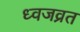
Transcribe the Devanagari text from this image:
ध्वजव्रत